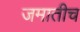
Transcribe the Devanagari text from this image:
जमातीच